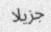
جزيلا